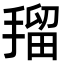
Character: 𭡼